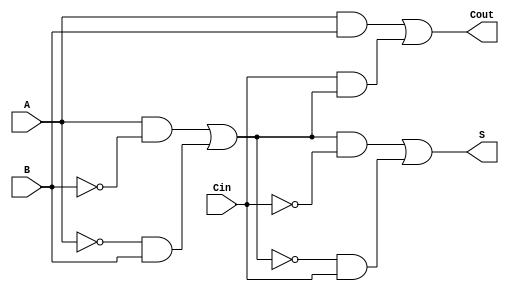
module tg_full_adder (
    input wire A,      // First input bit
    input wire B,      // Second input bit
    input wire Cin,    // Carry-in bit
    output wire S,     // Sum output
    output wire Cout   // Carry-out output
);

    wire AB;           // Intermediate wire for A AND B
    wire A_xor_B;     // Intermediate wire for A XOR B
    wire Cin_and_A_xor_B; // Intermediate wire for Cin AND (A XOR B)

    // Transmission Gate for A XOR B
    assign A_xor_B = (A & ~B) | (~A & B);

    // Transmission Gate for Sum (S = A XOR B XOR Cin)
    assign S = (A_xor_B & ~Cin) | (~A_xor_B & Cin);

    // Transmission Gate for A AND B
    assign AB = A & B;

    // Transmission Gate for Cin AND (A XOR B)
    assign Cin_and_A_xor_B = Cin & A_xor_B;

    // Carry-out (Cout = (A AND B) OR (Cin AND (A XOR B)))
    assign Cout = AB | Cin_and_A_xor_B;

endmodule